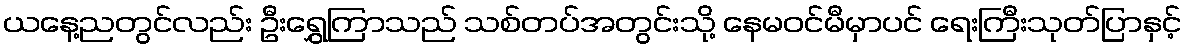
ယနေ့ညတွင်လည်း ဦးရွှေကြာသည် သစ်တပ်အတွင်းသို့ နေမဝင်မီမှာပင် ရေးကြီးသုတ်ပြာနှင့်